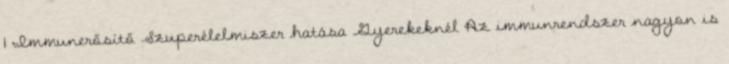
1 Immunerősítő Szuperélelmiszer hatása Gyerekeknél Az immunrendszer nagyon is